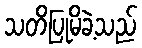
သတိပြုမိခဲ့သည်